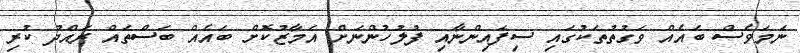
ނަމަވެސް ބައެއް ވަގުތުތަކުގައި ސިފައިންނާއި ފުލުހުންނަށް އަމާޒުކޮށް ބައެއް ބަސްތައް ރައްދު ކުރި